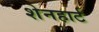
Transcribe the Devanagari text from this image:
शेनहार्ट